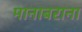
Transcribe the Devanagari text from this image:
मानाबराना